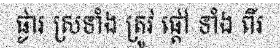
ផ្ងារ ស្រទាំង ត្រូវ ផ្តៅ ទាំង ពីរ